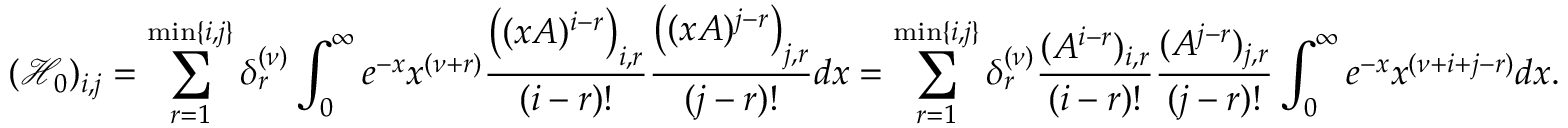
( \mathcal { H } _ { 0 } ) _ { i , j } = \sum _ { r = 1 } ^ { \operatorname* { m i n } \{ i , j \} } \delta _ { r } ^ { ( \nu ) } \int _ { 0 } ^ { \infty } e ^ { - x } x ^ { ( \nu + r ) } \frac { \big ( ( x A ) ^ { i - r } \big ) _ { i , r } } { ( i - r ) ! } \frac { \big ( ( x A ) ^ { j - r } \big ) _ { j , r } } { ( j - r ) ! } d x = \sum _ { r = 1 } ^ { \operatorname* { m i n } \{ i , j \} } \delta _ { r } ^ { ( \nu ) } \frac { ( A ^ { i - r } ) _ { i , r } } { ( i - r ) ! } \frac { ( A ^ { j - r } ) _ { j , r } } { ( j - r ) ! } \int _ { 0 } ^ { \infty } e ^ { - x } x ^ { ( \nu + i + j - r ) } d x .